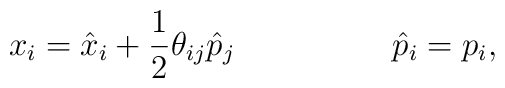
x_{i}=\hat{x}_{i}+\frac{1}{2}\theta_{ij}\hat{p}_{j}\hspace{2.cm}\hat{p}_{i}=p_{i} ,